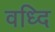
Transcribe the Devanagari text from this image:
वध्दि